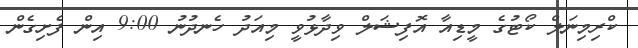
ކްރިމިނަލް ކޯޓުގެ މީޑިއާ އޮފިޝަލް ވިދާޅުވީ މިއަދު ހެނދުނު 9:00 އިން ފެށިގެން